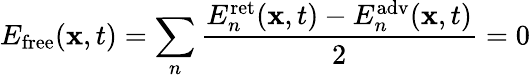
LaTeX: E_{\mathrm{free}}(\mathbf{x},t)=\sum_{n}{\frac{E_{n}^{\mathrm{ret}}(\mathbf{x},t)-E_{n}^{\mathrm{adv}}(\mathbf{x},t)}{2}}=0